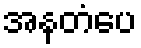
အနတံပေ